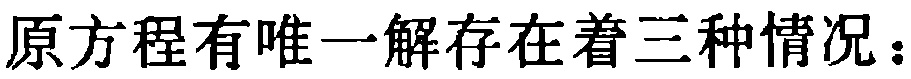
原方程有唯一解存在着三种情况：